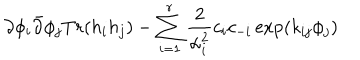
\partial \phi _ { i } \bar { \partial } \phi _ { j } T r ( h _ { i } h _ { j } ) - \sum _ { i = 1 } ^ { r } \frac { 2 } { \alpha _ { i } ^ { 2 } } c _ { i } c _ { - i } \exp ( k _ { i j } \phi _ { j } )